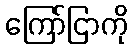
ကြော်ငြာကို